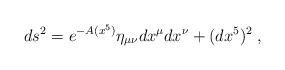
LaTeX: \begin{align*}ds^2 = e^{-A(x^5)} \eta_{\mu\nu} dx^\mu dx^\nu + (dx^5)^2 \; , \end{align*}